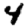
Digit: 4